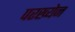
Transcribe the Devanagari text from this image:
परख्येन